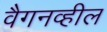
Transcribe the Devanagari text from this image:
वैगनव्हील